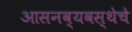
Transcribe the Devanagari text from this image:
आसनव्यवस्थेचे